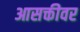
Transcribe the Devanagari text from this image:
आसक्तीवर